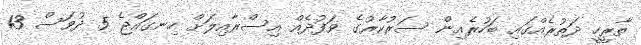
ތާރީހީ ދަތުރެއްގައި ބަހުރެއިން ސަރުކާރުގެ ވަފުދެއް އިސްރާއިލަށް ހިނގައްޖެ 5 ދުވަސް 13